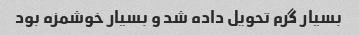
بسیار گرم تحویل داده شد و بسیار خوشمزه بود